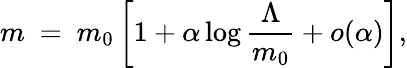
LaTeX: m\ =\ m_{0}\left[1+\alpha\log\frac{\Lambda}{m_{0}}+o(\alpha)\right],